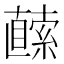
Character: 𭅬